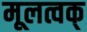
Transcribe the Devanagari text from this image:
मूलत्वक्